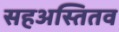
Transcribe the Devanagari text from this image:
सहअस्तितव